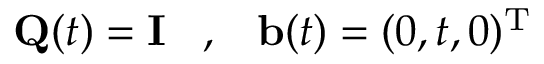
{ \mathbf Q } ( t ) = { \mathbf I } \; \; \; , \; \; \; { \mathbf b } ( t ) = ( 0 , t , 0 ) ^ { { \mathrm T } }